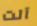
آلت